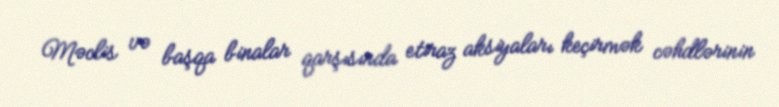
Məclis və başqa binalar qarşısında etiraz aksiyaları keçirmək cəhdlərinin